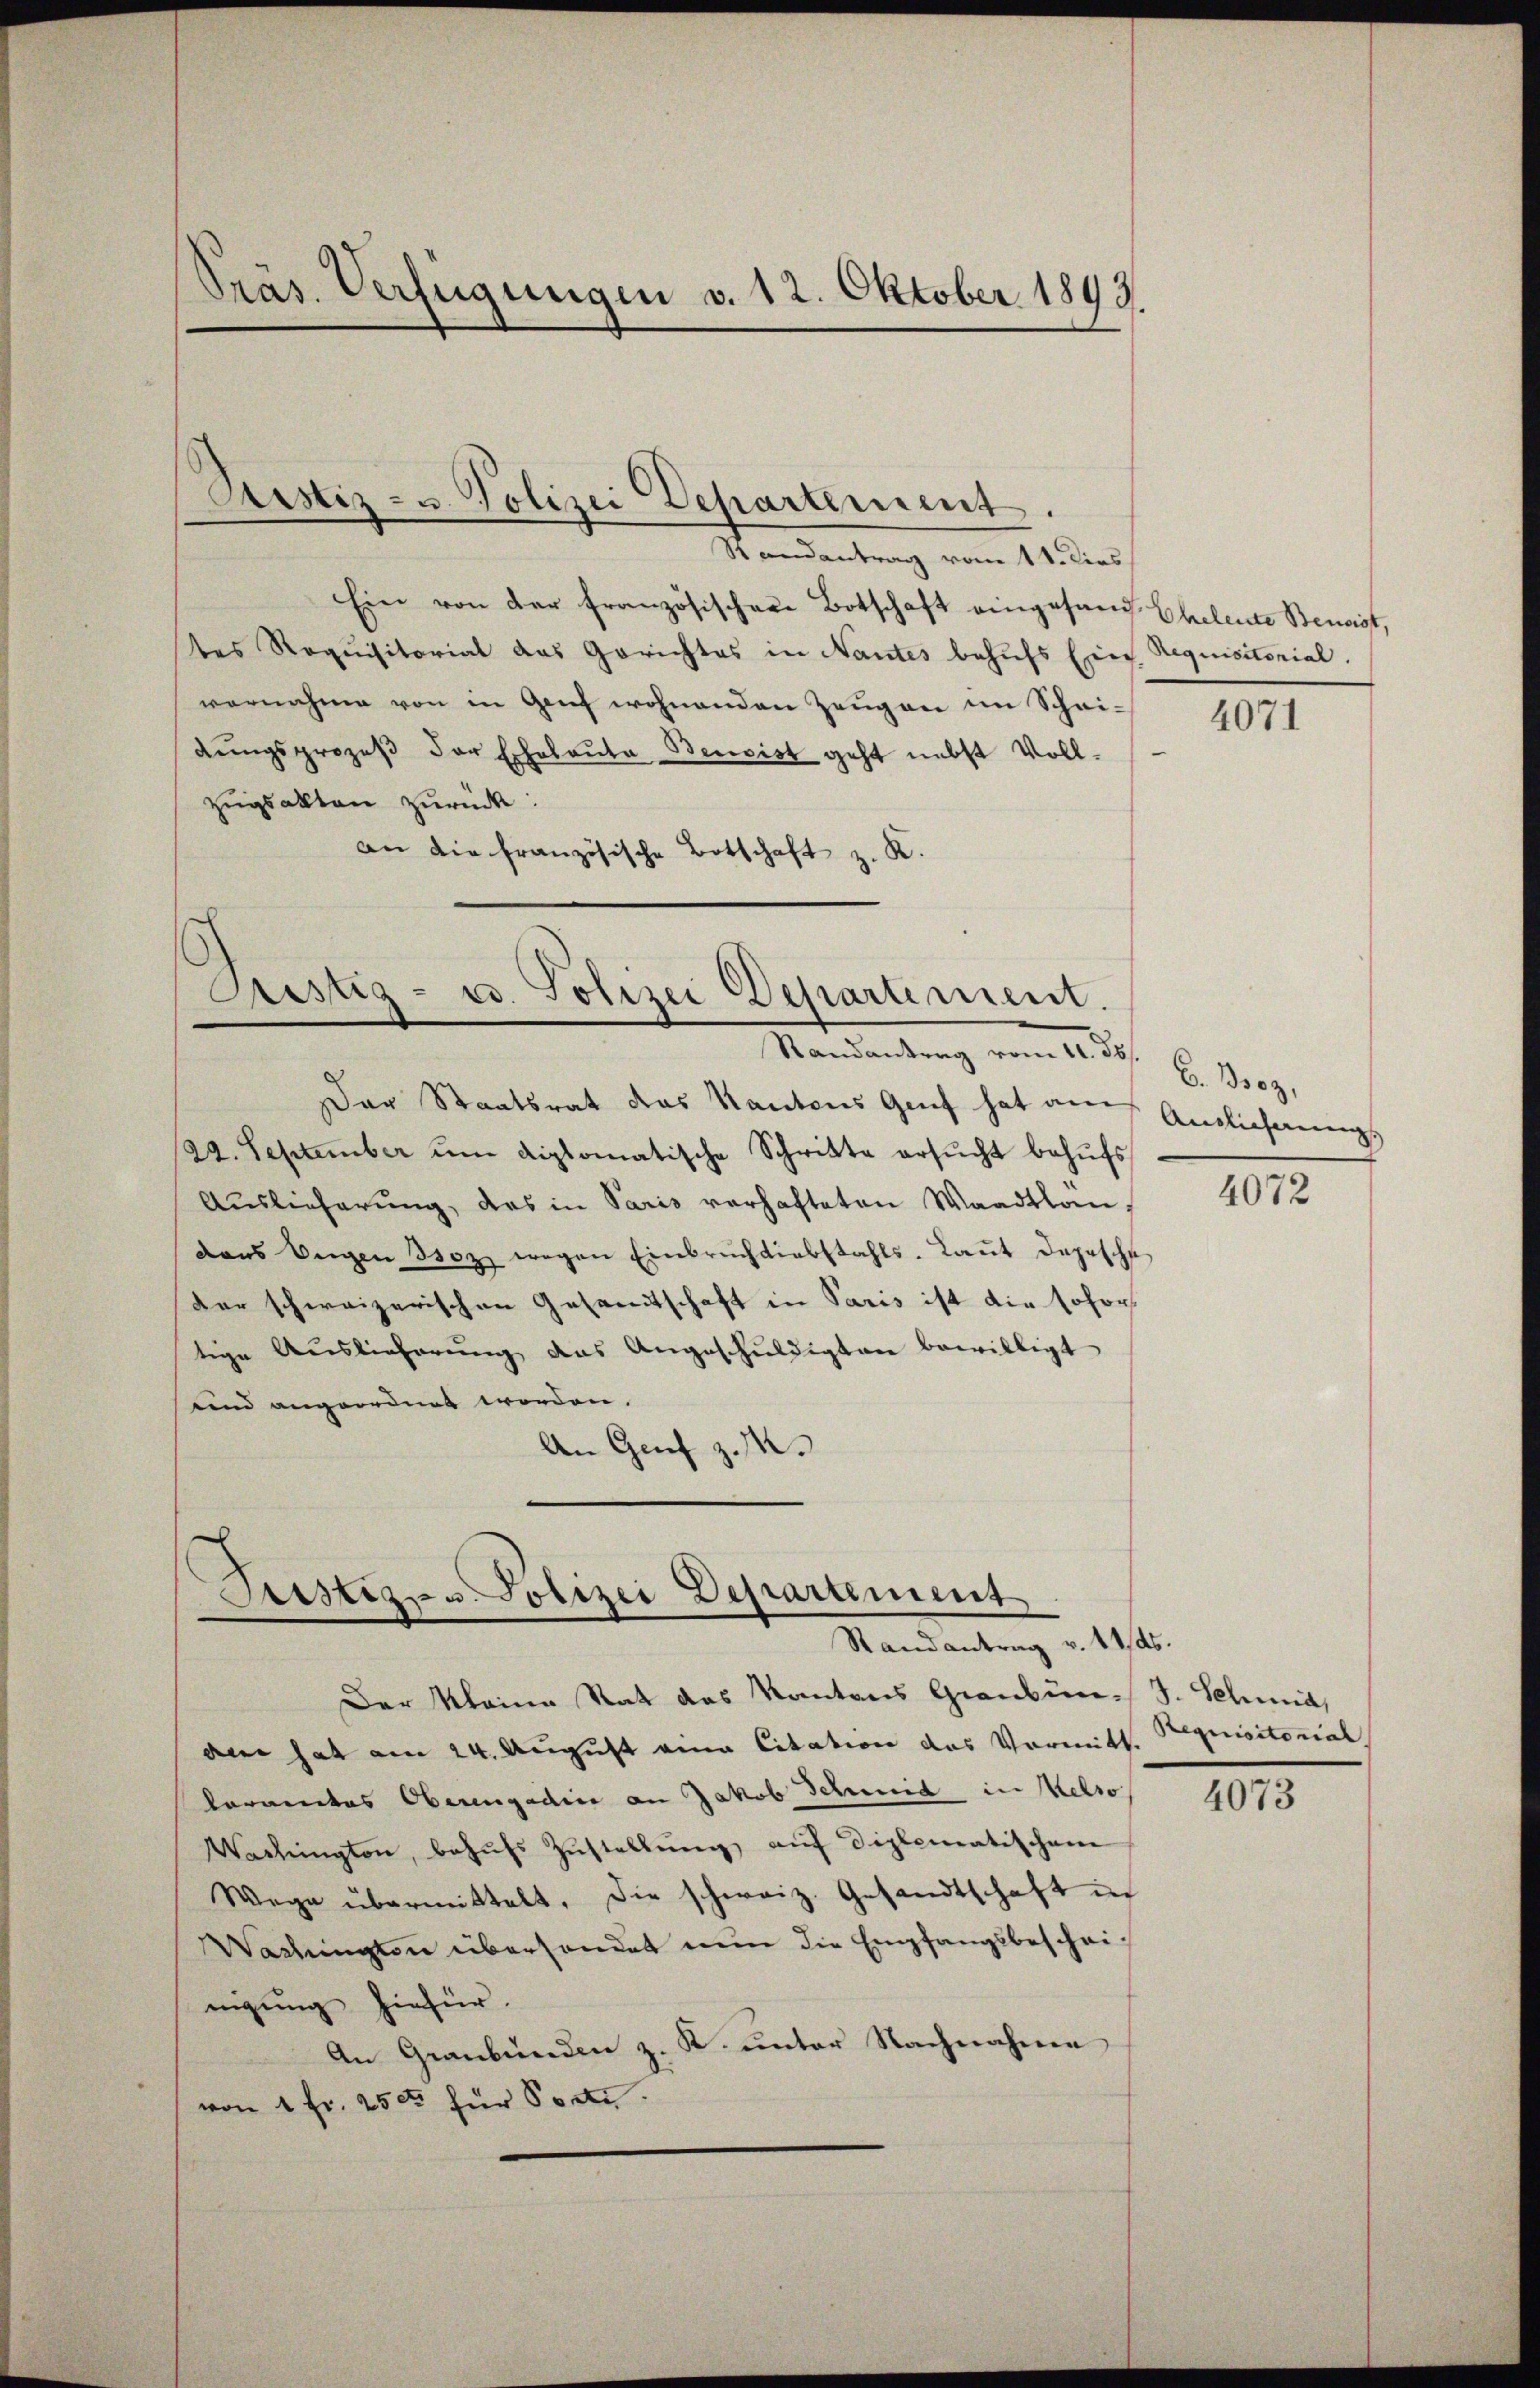
Ein von der französischen Botschaft eingesand. Eheleute Bendigt,
tes Requisitorial das Gerichtes in Nantes behufs Ein Requisitorial,
vernahme von in Genf wohnenden Zeugen im Schei-
dŭngsprozeβ der Echaloŭta Bensist geht nebst Voll-
zŭgsakten zurück:
an die französische Botschaft z. K.

Präs. Verfügungen v. 12. Oktober 1893.

Justiz- u. Polizei Departement.
Randantrag vom 11. Dies

Bestig- u. Polizei Departement.
Mandantung vom 21. d. 6. ds.
Der Staatsrat das Kantons Genf hat auf Auslieferungs

22. September ŭm diplomatische Schritte ersŭcht behŭfs
Aŭslieferŭng, das in Paris verhafteten Waadtlan
dans beigen Boz wegen Einbrüchtiebstahls-Laŭt Depesche
der schweizerischen Gesamtschaft in Paris ist die sofort
tige Auslieferŭng das Angeschŭldigten bewilligt
und angeordnet worden.
An Genf z. M.

Justiz- & Polizei Departement
Randantrag v. 11. ds.

Der Kleine Rat des Kantons Graubün- J. Schmid,
an hat am 24. August eine Citation das Vormitt.
kornentes Oberengadine an Jakob Schmid in Kelso
Washington, behŭfs Zŭstellŭng aŭf diplomatischem
Wege übermittelt, die schweiz. Gesandtschaft in
Washington überhandet nun die Empfangsbeschrif
nigung hiefür.
An Graubünden z. K. unter Nachnahmen
von 4 fr. 250 für Porte.

4071

4072

Requisitorial

4073